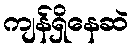
ကျန်ရှိနေဆဲ